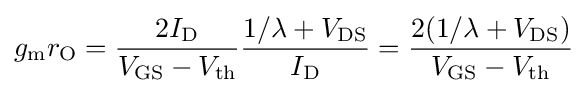
g_{\text{m}}r_{\text{O}}={\frac {2I_{\text{D}}}{V_{\text{GS}}-V_{\text{th}}}}{\frac {1/\lambda +V_{\text{DS}}}{I_{\text{D}}}}={\frac {2(1/\lambda +V_{\text{DS}})}{V_{\text{GS}}-V_{\text{th}}}}